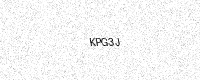
Text: KPG3J